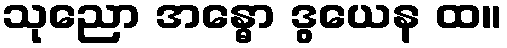
သုညော အန္ဓော ဒွယေန ထ။